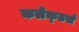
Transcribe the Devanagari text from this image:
कलेक्‍टर्स